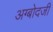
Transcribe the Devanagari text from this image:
अग्बोदजी